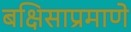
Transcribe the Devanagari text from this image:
बक्षिसाप्रमाणे